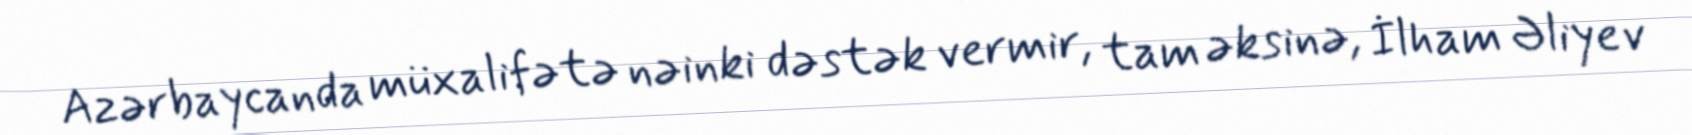
Azərbaycanda müxalifətə nəinki dəstək vermir, tam əksinə, İlham Əliyev